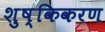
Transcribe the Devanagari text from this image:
शुष्किकरण